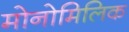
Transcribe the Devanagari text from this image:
मोनोमिलिक